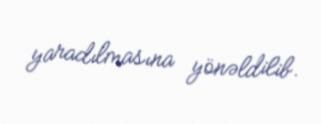
yaradılmasına yönəldilib.